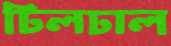
ঢিলঢাল